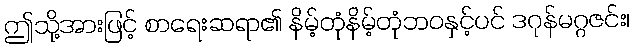
ဤသို့အားဖြင့် စာရေးဆရာ၏ နိမ့်တုံနိမ့်တုံဘဝနှင့်ပင် ဒဂုန်မဂ္ဂဇင်း၊